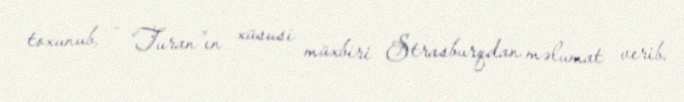
toxunub, - “Turan”ın xüsusi müxbiri Strasburqdan məlumat verib.